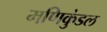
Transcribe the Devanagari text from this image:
मणिकुंडल